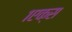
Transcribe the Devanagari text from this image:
१एक्स